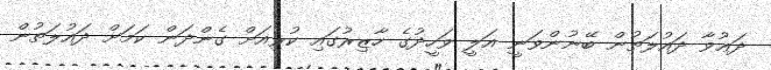
ދަޢުވާ ދައުލަތުން ބޭނުންވަނީ އަލީ ވަހީދުގެ ހާޒިރުގައި ކުރިއަށް ގެންދަން ކަމަށް ދައުލަތުން